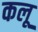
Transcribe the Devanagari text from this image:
कलू